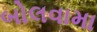
બોલવામા